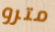
مترو